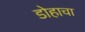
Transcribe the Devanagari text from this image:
डोहाचा